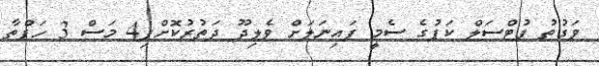
ވަގުތު ފުޓްސަލް ކަޕުގެ ސެމީ ފައިނަލަށް ވެލިދޫ ދަތުރުކޮށްފި4 މަސް 3 ހަފްތާ